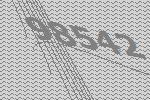
98542